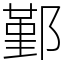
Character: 鄞